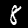
Digit: 8